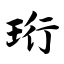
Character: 珩